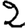
Digit: 2